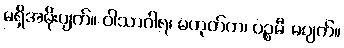
မရှိအမိုးပျက်။ ဝါသာဂါရ၊ မဟုတ်က၊ ပဉ္စမီ မပျက်။